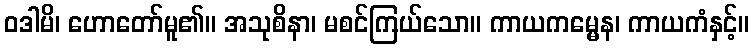
ဝဒါမိ၊ ဟောတော်မူ၏။ အသုစိနာ၊ မစင်ကြယ်သော။ ကာယကမ္မေန၊ ကာယကံနှင့်။